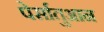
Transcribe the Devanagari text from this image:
पेर्सातुआन